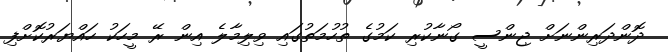
ދޮންދަރިންނަށް ޖިންސީ ގޯނާކުރި ކަމުގެ ތުހުމަތުގައި ވިލިމާލެ އިން ރޭ މީހަކު ހައްޔަރުކޮށްފި